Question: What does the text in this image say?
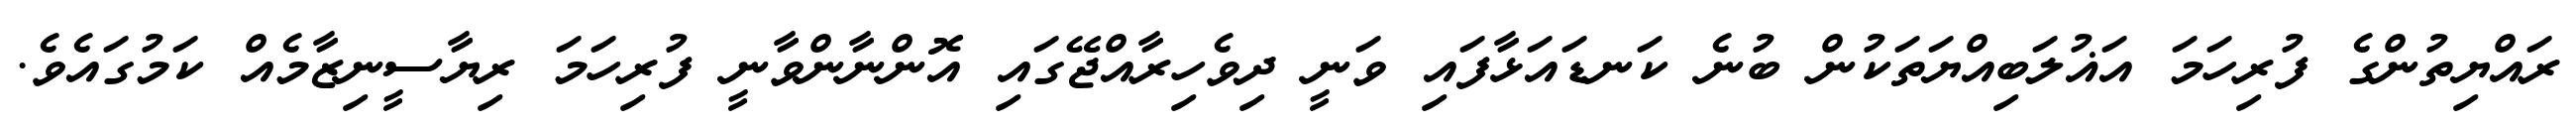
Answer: ރައްޔިތުންގެ ފުރިހަމަ އަޣުލަބިއްޔަތަކުން ބުނެ ކަނޑައަޅާފައި ވަނީ ދިވެހިރާއްޖޭގައި އޮންނާންވާނީ ފުރިހަމަ ރިޔާސީނިޒާމެއް ކަމުގައެވެ.